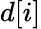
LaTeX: d[i]